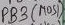
Text: PB3 (MOSI)